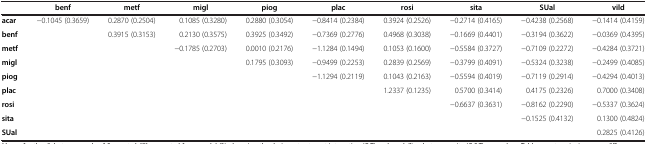
<table><thead><tr><td><b> </b></td><td><b>benf</b></td><td><b>metf</b></td><td><b>migl</b></td><td><b>piog</b></td><td><b>plac</b></td><td><b>rosi</b></td><td><b>sita</b></td><td><b>SUal</b></td><td><b>vild</b></td></tr></thead><tbody><tr><td><b>acar</b></td><td>-0.1045 (0.3659)</td><td>0.2870 (0.2504)</td><td>0.1085 (0.3280)</td><td>0.2880 (0.3054)</td><td>-0.8414 (0.2384)</td><td>0.3924 (0.2526)</td><td>-0.2714 (0.4165)</td><td>-0.4238 (0.2568)</td><td>-0.1414 (0.4159)</td></tr><tr><td><b>benf</b></td><td> </td><td>0.3915 (0.3153)</td><td>0.2130 (0.3575)</td><td>0.3925 (0.3492)</td><td>-0.7369 (0.2776)</td><td>0.4968 (0.3038)</td><td>-0.1669 (0.4401)</td><td>-0.3194 (0.3622)</td><td>-0.0369 (0.4395)</td></tr><tr><td><b>metf</b></td><td> </td><td> </td><td>-0.1785 (0.2703)</td><td>0.0010 (0.2176)</td><td>-1.1284 (0.1494)</td><td>0.1053 (0.1600)</td><td>-0.5584 (0.3727)</td><td>-0.7109 (0.2272)</td><td>-0.4284 (0.3721)</td></tr><tr><td><b>migl</b></td><td> </td><td> </td><td> </td><td>0.1795 (0.3093)</td><td>-0.9499 (0.2253)</td><td>0.2839 (0.2569)</td><td>-0.3799 (0.4091)</td><td>-0.5324 (0.3238)</td><td>-0.2499 (0.4085)</td></tr><tr><td><b>piog</b></td><td> </td><td> </td><td> </td><td> </td><td>-1.1294 (0.2119)</td><td>0.1043 (0.2163)</td><td>-0.5594 (0.4019)</td><td>-0.7119 (0.2914)</td><td>-0.4294 (0.4013)</td></tr><tr><td><b>plac</b></td><td> </td><td> </td><td> </td><td> </td><td> </td><td>1.2337 (0.1235)</td><td>0.5700 (0.3414)</td><td>0.4175 (0.2326)</td><td>0.7000 (0.3408)</td></tr><tr><td><b>rosi</b></td><td> </td><td> </td><td> </td><td> </td><td> </td><td> </td><td>-0.6637 (0.3631)</td><td>-0.8162 (0.2290)</td><td>-0.5337 (0.3624)</td></tr><tr><td><b>sita</b></td><td> </td><td> </td><td> </td><td> </td><td> </td><td> </td><td> </td><td>-0.1525 (0.4132)</td><td>0.1300 (0.4824)</td></tr><tr><td><b>SUal</b></td><td> </td><td> </td><td> </td><td> </td><td> </td><td> </td><td> </td><td> </td><td>0.2825 (0.4126)</td></tr></tbody></table>